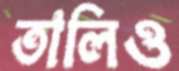
তালিও